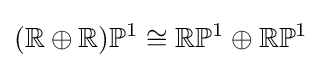
(\mathbb {R} \oplus \mathbb {R} )\mathbb {P} ^{1}\cong \mathbb {R} \mathbb {P} ^{1}\oplus \mathbb {R} \mathbb {P} ^{1}